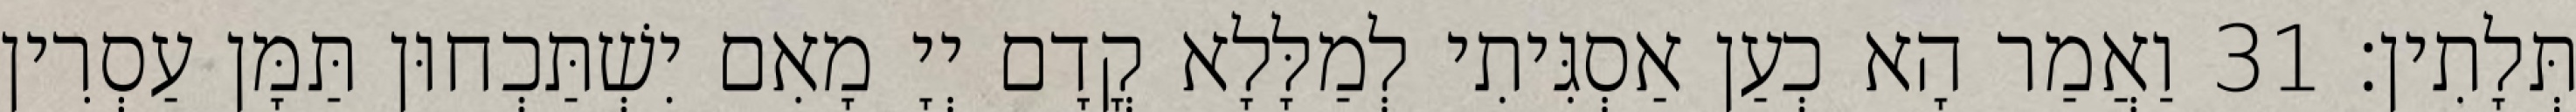
תְּלָתִין׃ 31 וַאֲמַר הָא כְעַן אַסְגִּיתִי לְמַלָּלָא קֳדָם יְיָ מָאִם יִשְׁתַּכְחוּן תַּמָּן עַסְרִין